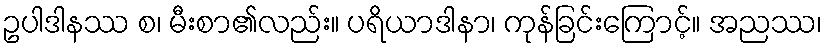
ဥပါဒါနဿ စ၊ မီးစာ၏လည်း။ ပရိယာဒါနာ၊ ကုန်ခြင်းကြောင့်။ အညဿ၊